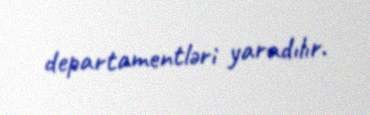
departamentləri yaradılır.